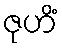
ဇုဟိံ